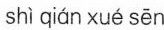
shì ciǎn xué sēn